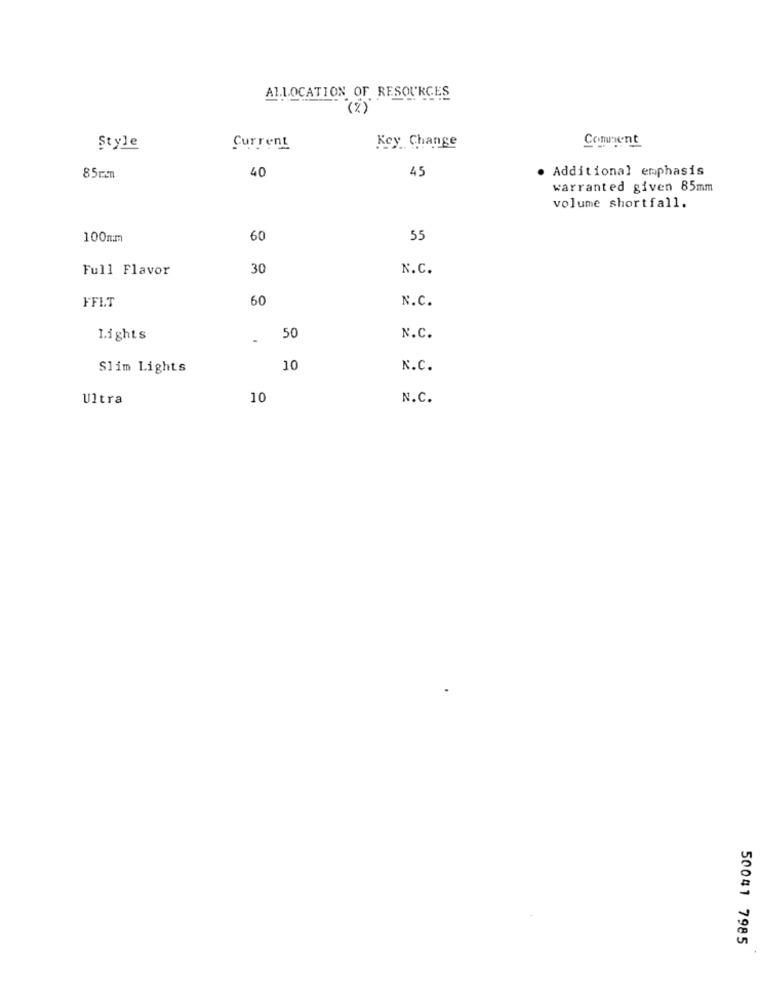
ALLOCATION OF RESOURCES
(%)
Comment
Style
Current
Kcy Change
40
45
85mm
· Additional emphasis
warranted given 85mm
volume shortfall.
100mm
60
55
Full Flavor
30
N.C.
60
N.C.
FFLT
50
Lights
N.C.
Slim Lights
10
N.C.
Ultra
10
N.C.
50041 7985